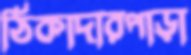
ঠিকাদারপাড়া